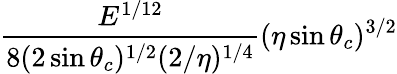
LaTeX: \frac{E^{1/12}}{8(2\sin\theta_{c})^{1/2}(2/\eta)^{1/4}}(\eta\sin{\theta_{c}})^{3/2}